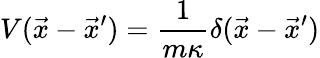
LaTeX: V(\vec{x}-\vec{x}^{\prime})={\frac{1}{m\kappa}}\delta(\vec{x}-\vec{x}^{\prime})